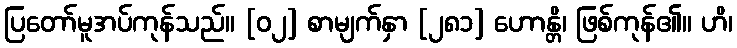
ပြတော်မူအပ်ကုန်သည်။ [၀၂] စာမျက်နှာ [၂၈၁] ဟောန္တိ၊ ဖြစ်ကုန်၏။ ဟိ၊